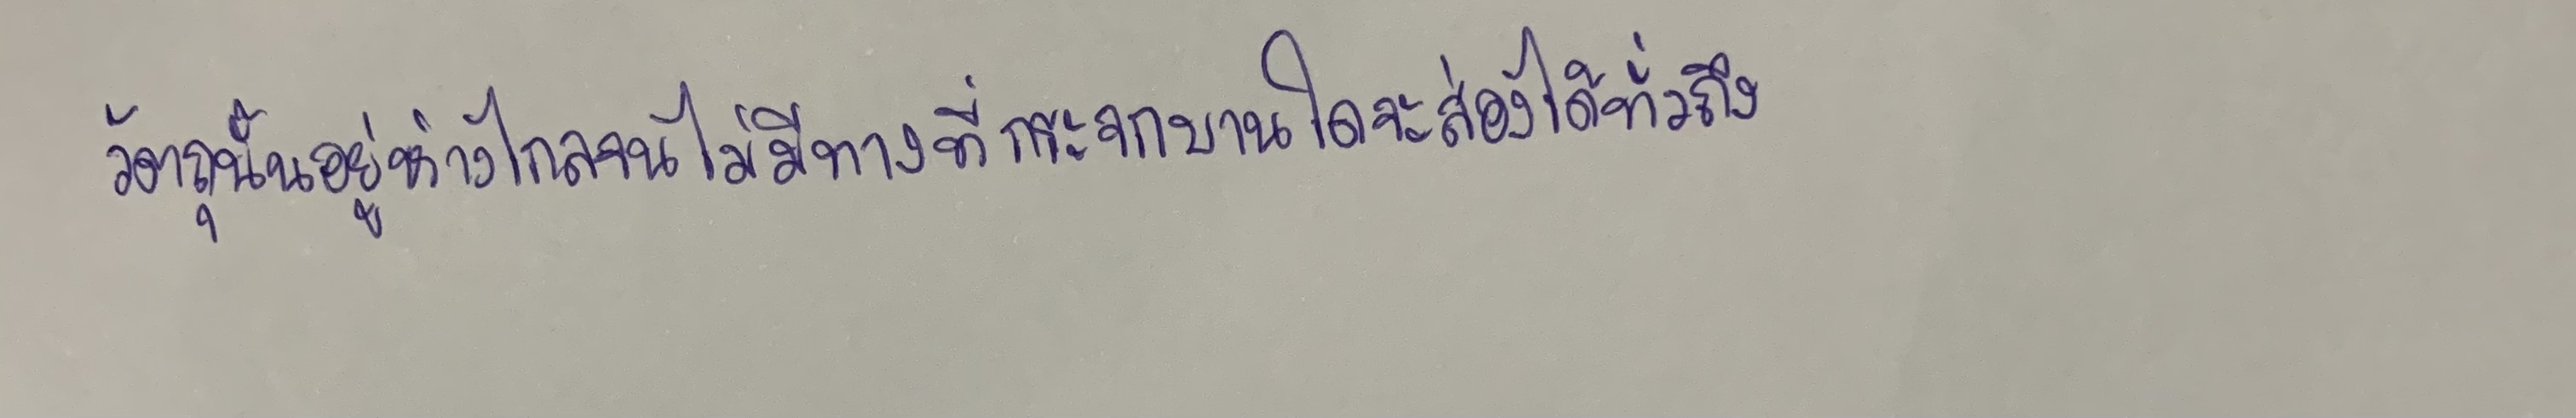
วัตถุนั้นอยู่ห่างไกลจนไม่มีทางที่กระจกบานใดจะส่องได้ทั่วถึง